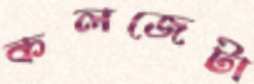
কলজেটা